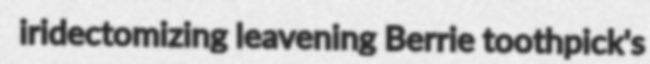
iridectomizing leavening Berrie toothpick's